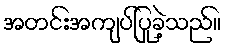
အတင်းအကျပ်ပြုခဲ့သည်။